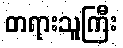
တရားသူကြီး